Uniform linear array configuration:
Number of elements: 12
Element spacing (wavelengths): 0.5
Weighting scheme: uniform
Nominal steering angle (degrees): -15
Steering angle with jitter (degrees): -16.503
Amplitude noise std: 0.05
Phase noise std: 0.05

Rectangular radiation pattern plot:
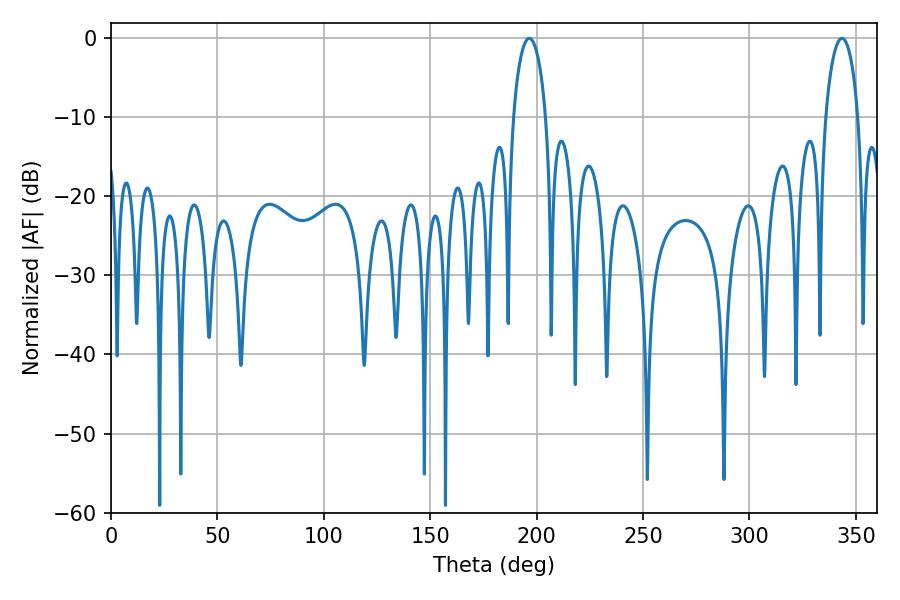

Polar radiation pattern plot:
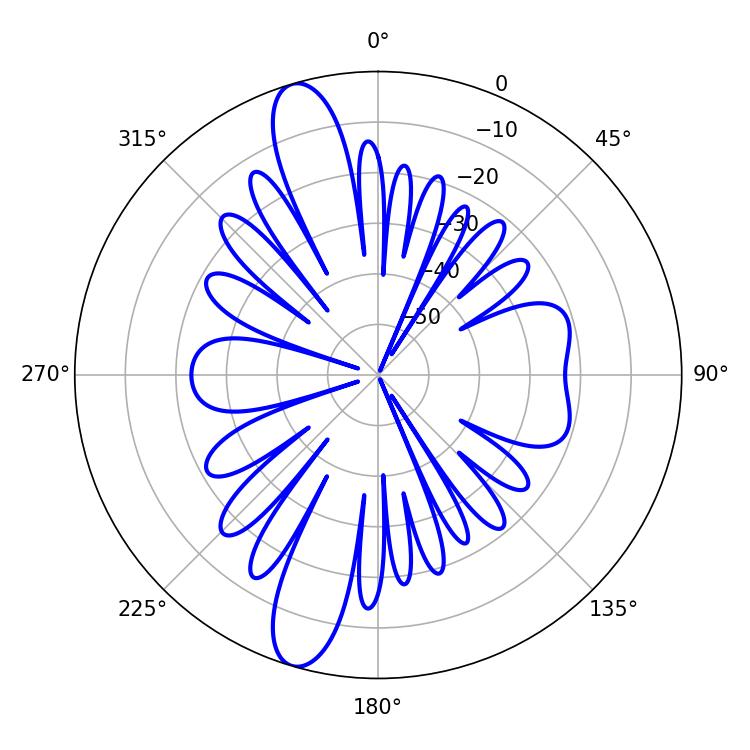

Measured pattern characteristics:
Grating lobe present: FALSE
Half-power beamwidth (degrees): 8.64
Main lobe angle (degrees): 196.56